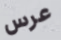
عرس